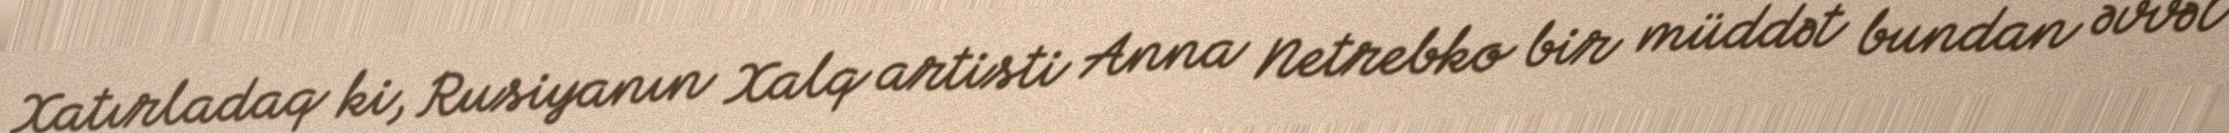
Xatırladaq ki, Rusiyanın Xalq artisti Anna Netrebko bir müddət bundan əvvəl